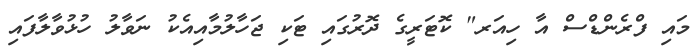
މައި ފްރެންޑްސް އާ ހިއަރ" ކޮޓަރީގެ ދޮރުގައި ޓަކި ޖަހާލުމާއިއެކު ނަވާލު ހުޅުވާލާފައި